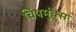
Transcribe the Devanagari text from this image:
चिपमुंक्स